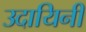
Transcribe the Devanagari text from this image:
उदायिनी